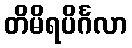
တိမိရပိင်္ဂလာ